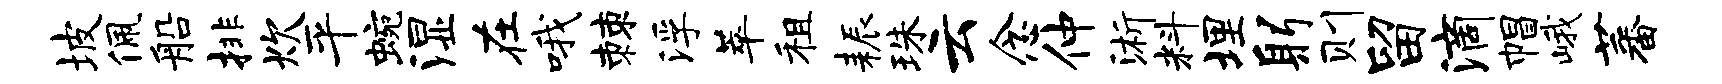
坡佩船排炊平蜿湿在哦棘浮萃租耨珠云念仲浙料埋躬则留滴帽峨蕃